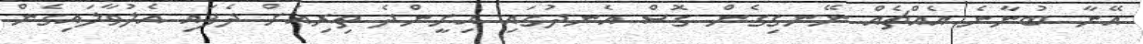
އޭނާ ބުނާނެ އެއްޗެއް ނޭނގިގެން ގޮސް އެނދުގައި އިށީންދެ ތިރިއަށް ދެފައި އެލުވާލައިގެން